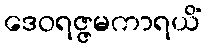
ဒေဝရဇ္ဇမကာရယိံ